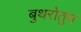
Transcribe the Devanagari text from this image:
बुथरोतुम